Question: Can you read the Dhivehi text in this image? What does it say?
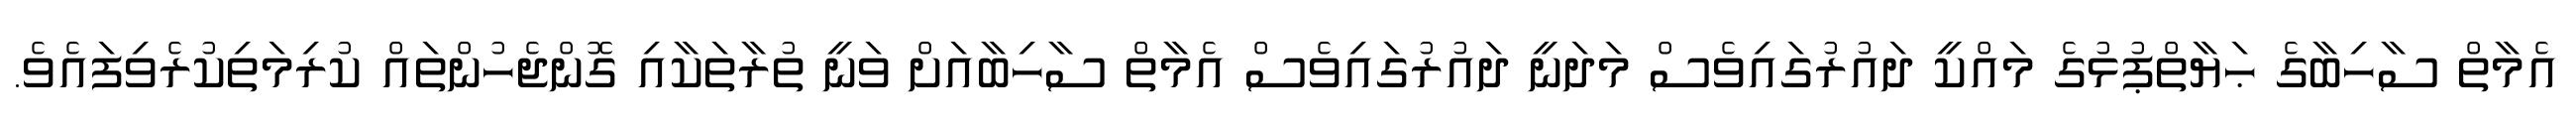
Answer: އެމާތް ސާހިބާގެ ޙަޔާތްޕުޅުގެ މައްކީ ދައުރުގައިވެސް މަދަނީ ދައުރުގައިވެސް އެމާތް ސާހިބާއަށް ވަނީ ތުރާތަކާއި ގޮންޖެހުންތައް ކުރިމަތިކުރެވިފައެވެ.